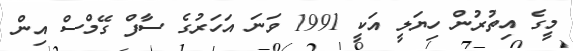
މީގެ އިތުރުން ހިޔަލީ އަކީ 1991 ވަނަ އަހަރުގެ ސާފް ގޭމްސް އިން